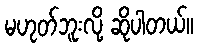
မဟုတ်ဘူးလို့ ဆိုပါတယ်။